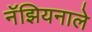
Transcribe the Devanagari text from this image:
नॅझियनाले